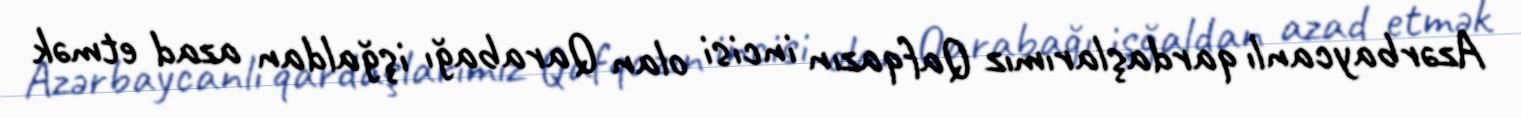
Azərbaycanlı qardaşlarımız Qafqazın incisi olan Qarabağı işğaldan azad etmək